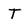
Character: T